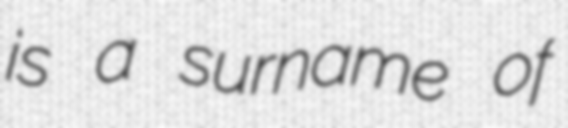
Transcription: is a surname of